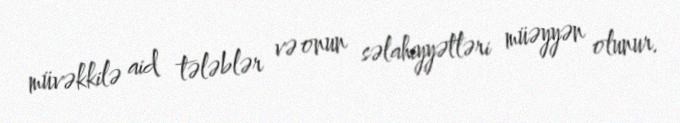
müvəkkilə aid tələblər və onun səlahiyyətləri müəyyən olunur.